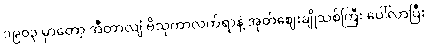
၁၉၀၃ မှာတော့ အီတာလျံ ဗိသုကာလက်ရာနဲ့ အုတ်ဈေးချိုသစ်ကြီး ပေါ်လာပြီး